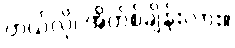
ဟယ်လို၊ အိတ်စ်ချိန်းလား။